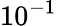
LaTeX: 10^{-1}